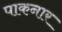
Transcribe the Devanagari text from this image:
पाकनार